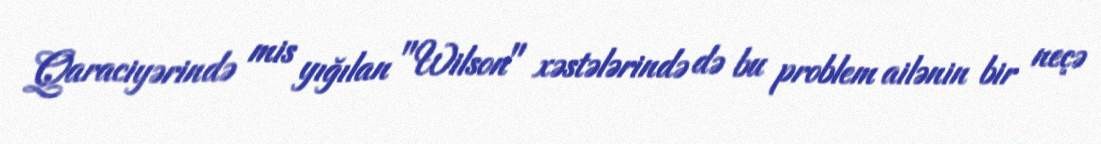
Qaraciyərində mis yığılan "Wilson" xəstələrində də bu problem ailənin bir neçə